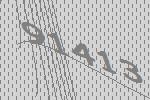
91413